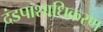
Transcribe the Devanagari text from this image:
दंडपाशाधिकरण